Report on plague in the Punjab from October 1st ... to September 30th ..., being the ... season of plague in the province
Disease focus: Plague
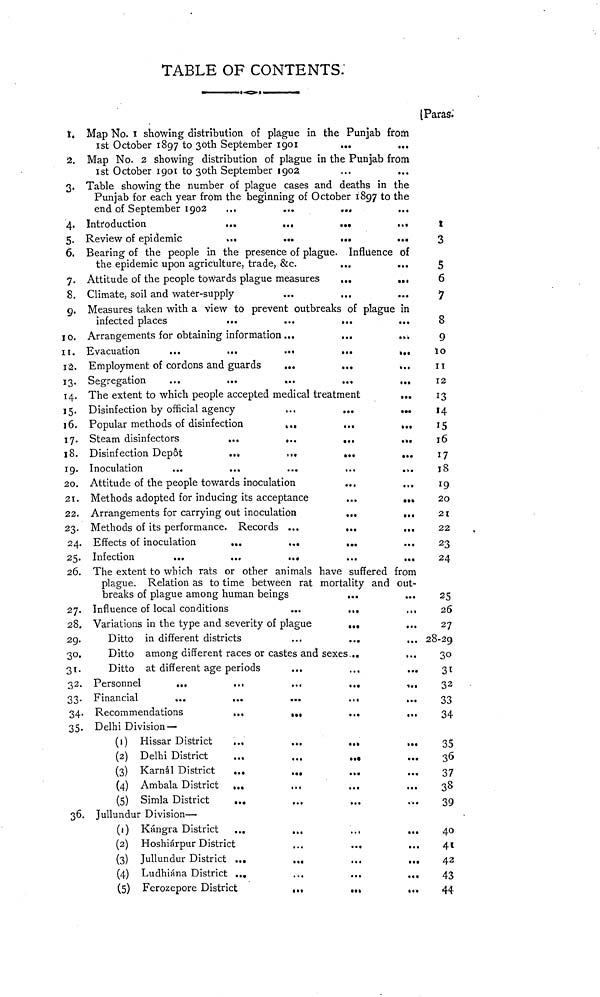
TABLE OF CONTENTS:
S. Map No. I showing distribution of plague in the Punjab from
Ist October 1897 to 30th September 1901
2. Map No. 2 showing distribution of plague in the Punjab from
Ist October 1901 to 30th September 1902
3. Table showing the number of plague cases and deaths in the
Punjab for each year from the beginning of October 1897 to the
end of September 1902
...
...
..,
...
4. Introduction
...
...
...
,.,
5. Review of epidemic
...
...
...
...
6. Bearing of the people in the presence of plague. Influence of
the epidemic upon agriculture, trade, &c.
...
...
7. Attitude of the people towards plague measures
...
...
8. Climate, soil and water-supply
9. Measures taken with a view to prevent outbreaks of plague in
infected places
...
...
...
10. Arrangements for obtaining information ...
...
...
11. Evacuation
...
...
...
...
...
12. Employment of cordons and guards
...
...
...
13. Segregation
14. The extent to which people accepted medical treatment
...
15. Disinfection by official agency
,.,
...
...
16. Popular methods of disinfection
...
...
17. Steam disinfectors
...
...
,.,
...
18. Disinfection Depot
.*.
,..
...
...
19. Inoculation
...
...
...
,.,
..
20. Attitude of the people towards inoculation
21. Methods adopted for inducing its acceptance
...
...
22. Arrangements for carrying out inoculation
...
...
23. Methods of its performance. Records ...
,.,
...
24. Effects of inoculation
...
...
...
...
25. Infection
...
...
...
...
...
26. The extent to which rats or other animals have suffered from
plague. Relation as to time between rat mortality and out-
breaks of plague among human beings
...
...
27. Influence of local conditions
...
...
28. Variations in the type and severity of plague
...
...
29.
Ditto in different districts
...
...
,.,
30.
Ditto among different races or castes and sexes...
...
31.
Ditto at different age periods
...
,,,
...
32. Personnel
...
...
...
...
,.,
33. Financial
...
...
...
...
...
34. Recommendations
...
..
...
...
35. Delhi Division—
(1) Hissar District
...
...
...
...
(2) Delhi District
...
...
...
(3) Karnál District
...
...
.„
(4) Ambala District ,.,
(5) Simla District
...
...
...
...
36. Jullundur Division—
(1) Kángra District ...
...
...
,,,
(2) Hoshiárpur District
...
...
(3) Jullundur District ...
...
...
...
(4) Ludhiána District ...
...
...
,,,
(5) Ferozepore District
,.,
,.,
[Paras;
t
3
5
6
7
8
9
10
11
12
13
14
15
16
17
18
19
20
21
22
23
24
25
26
27
28-29
30
31
32
33
34
35
36
37
38
39
40
41
42
43
44